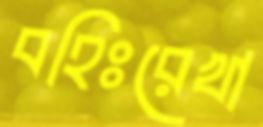
বহিঃরেখা